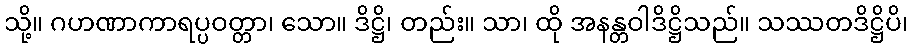
သို့။ ဂဟဏာကာရပ္ပဝတ္တာ၊ သော။ ဒိဋ္ဌိ၊ တည်း။ သာ၊ ထို အနန္တဝါဒိဋ္ဌိသည်။ သဿတဒိဋ္ဌိပိ၊